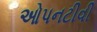
ઓપનટીવી